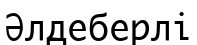
Әлдеберлі